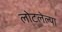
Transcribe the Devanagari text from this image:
लोटलेल्या